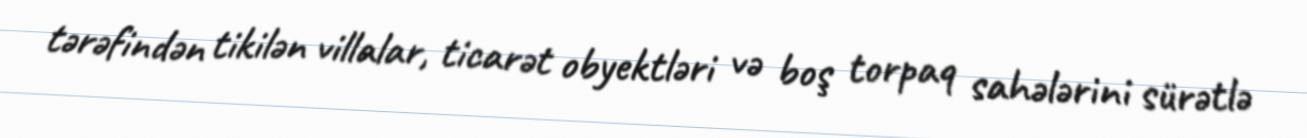
tərəfindən tikilən villalar, ticarət obyektləri və boş torpaq sahələrini sürətlə